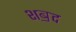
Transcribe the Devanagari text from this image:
शॿद